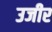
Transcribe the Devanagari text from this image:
उजीर